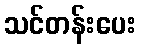
သင်တန်းပေး